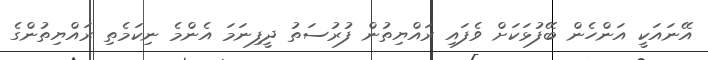
އޭނައަކީ އަންހެން ބޭފުޅަކަށް ވެފައި ރައްޔިތުން ފުރުސަތު ދީފިނަމަ އެންމެ ނިކަމެތި ރައްޔިތުންގެ